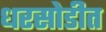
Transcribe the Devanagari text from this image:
धरसोडीत